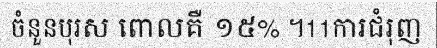
ចំនួនបុរស ពោលគឺ ១៥% ។11ការជំរុញ